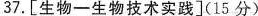
37.[生物一生物技术实践](15分)